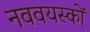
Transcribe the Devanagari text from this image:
नववयस्कों